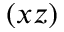
( x z )